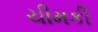
ચીમકી